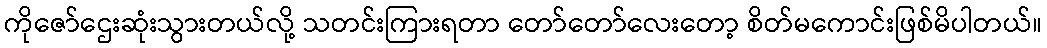
ကိုဇော်ဌေးဆုံးသွားတယ်လို့ သတင်းကြားရတာ တော်တော်လေးတော့ စိတ်မကောင်းဖြစ်မိပါတယ်။